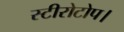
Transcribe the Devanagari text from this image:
स्टीरोटोप।